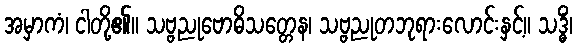
အမှာကံ၊ ငါတို့၏။ သဗ္ဗညုဗောဓိသတ္တေန၊ သဗ္ဗညုတဘုရားလောင်းနှင့်။ သဒ္ဓိံ၊